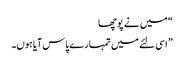
“ میں نے پوچھا
” اسی لئے میں تمہارے پاس آیا ہوں۔